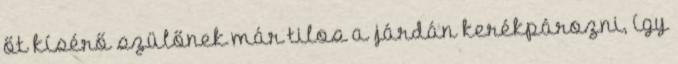
őt kísérő szülőnek már tilos a járdán kerékpározni, így